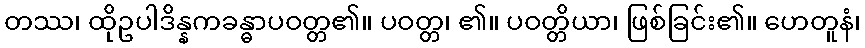
တဿ၊ ထိုဥပါဒိန္နကခန္ဓာပဝတ္တ၏။ ပဝတ္တ၊ ၏။ ပဝတ္တိယာ၊ ဖြစ်ခြင်း၏။ ဟေတူနံ၊